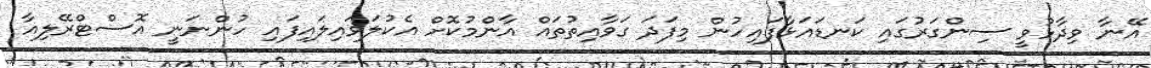
އޭނާ ވިދާޅުވީ ސިންގަރުގައި ކަނޑައަޅާފައިހުން މިފަދަ ގަވާއިތުތައް އާންމުކޮށް އެކުލަވައިލައިފައި ހުންނަނީ އޮސްޓްރޭލިއާ